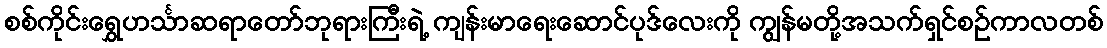
စစ်ကိုင်းရွှေဟင်္သာဆရာတော်ဘုရားကြီးရဲ့ ကျန်းမာရေးဆောင်ပုဒ်လေးကို ကျွန်မတို့အသက်ရှင်စဉ်ကာလတစ်